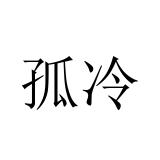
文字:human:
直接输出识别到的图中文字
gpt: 孤冷